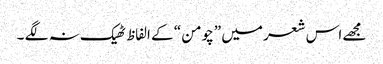
مجھے اس شعر میں ”چومن “ کے الفاظ ٹھیک نہ لگے ۔